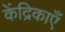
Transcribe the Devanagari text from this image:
केंद्रिकाएँ